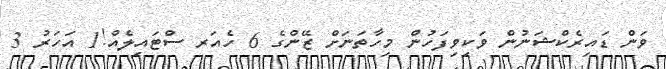
ވަން ޑައިރެކްޝަނުން ވަކިވިފަހުން މިހާތަނަށް ޒޭންގެ 6 ހެއަރ ސްޓައިލެއް!1 އަހަރު 3